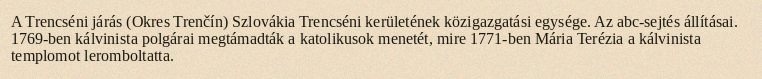
A Trencséni járás (Okres Trenčín) Szlovákia Trencséni kerületének közigazgatási egysége. Az abc-sejtés állításai. 1769-ben kálvinista polgárai megtámadták a katolikusok menetét, mire 1771-ben Mária Terézia a kálvinista templomot leromboltatta.